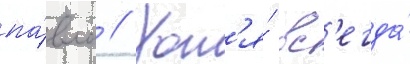
па́вла // Хот'я́ вс'егда́